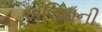
એલિનની